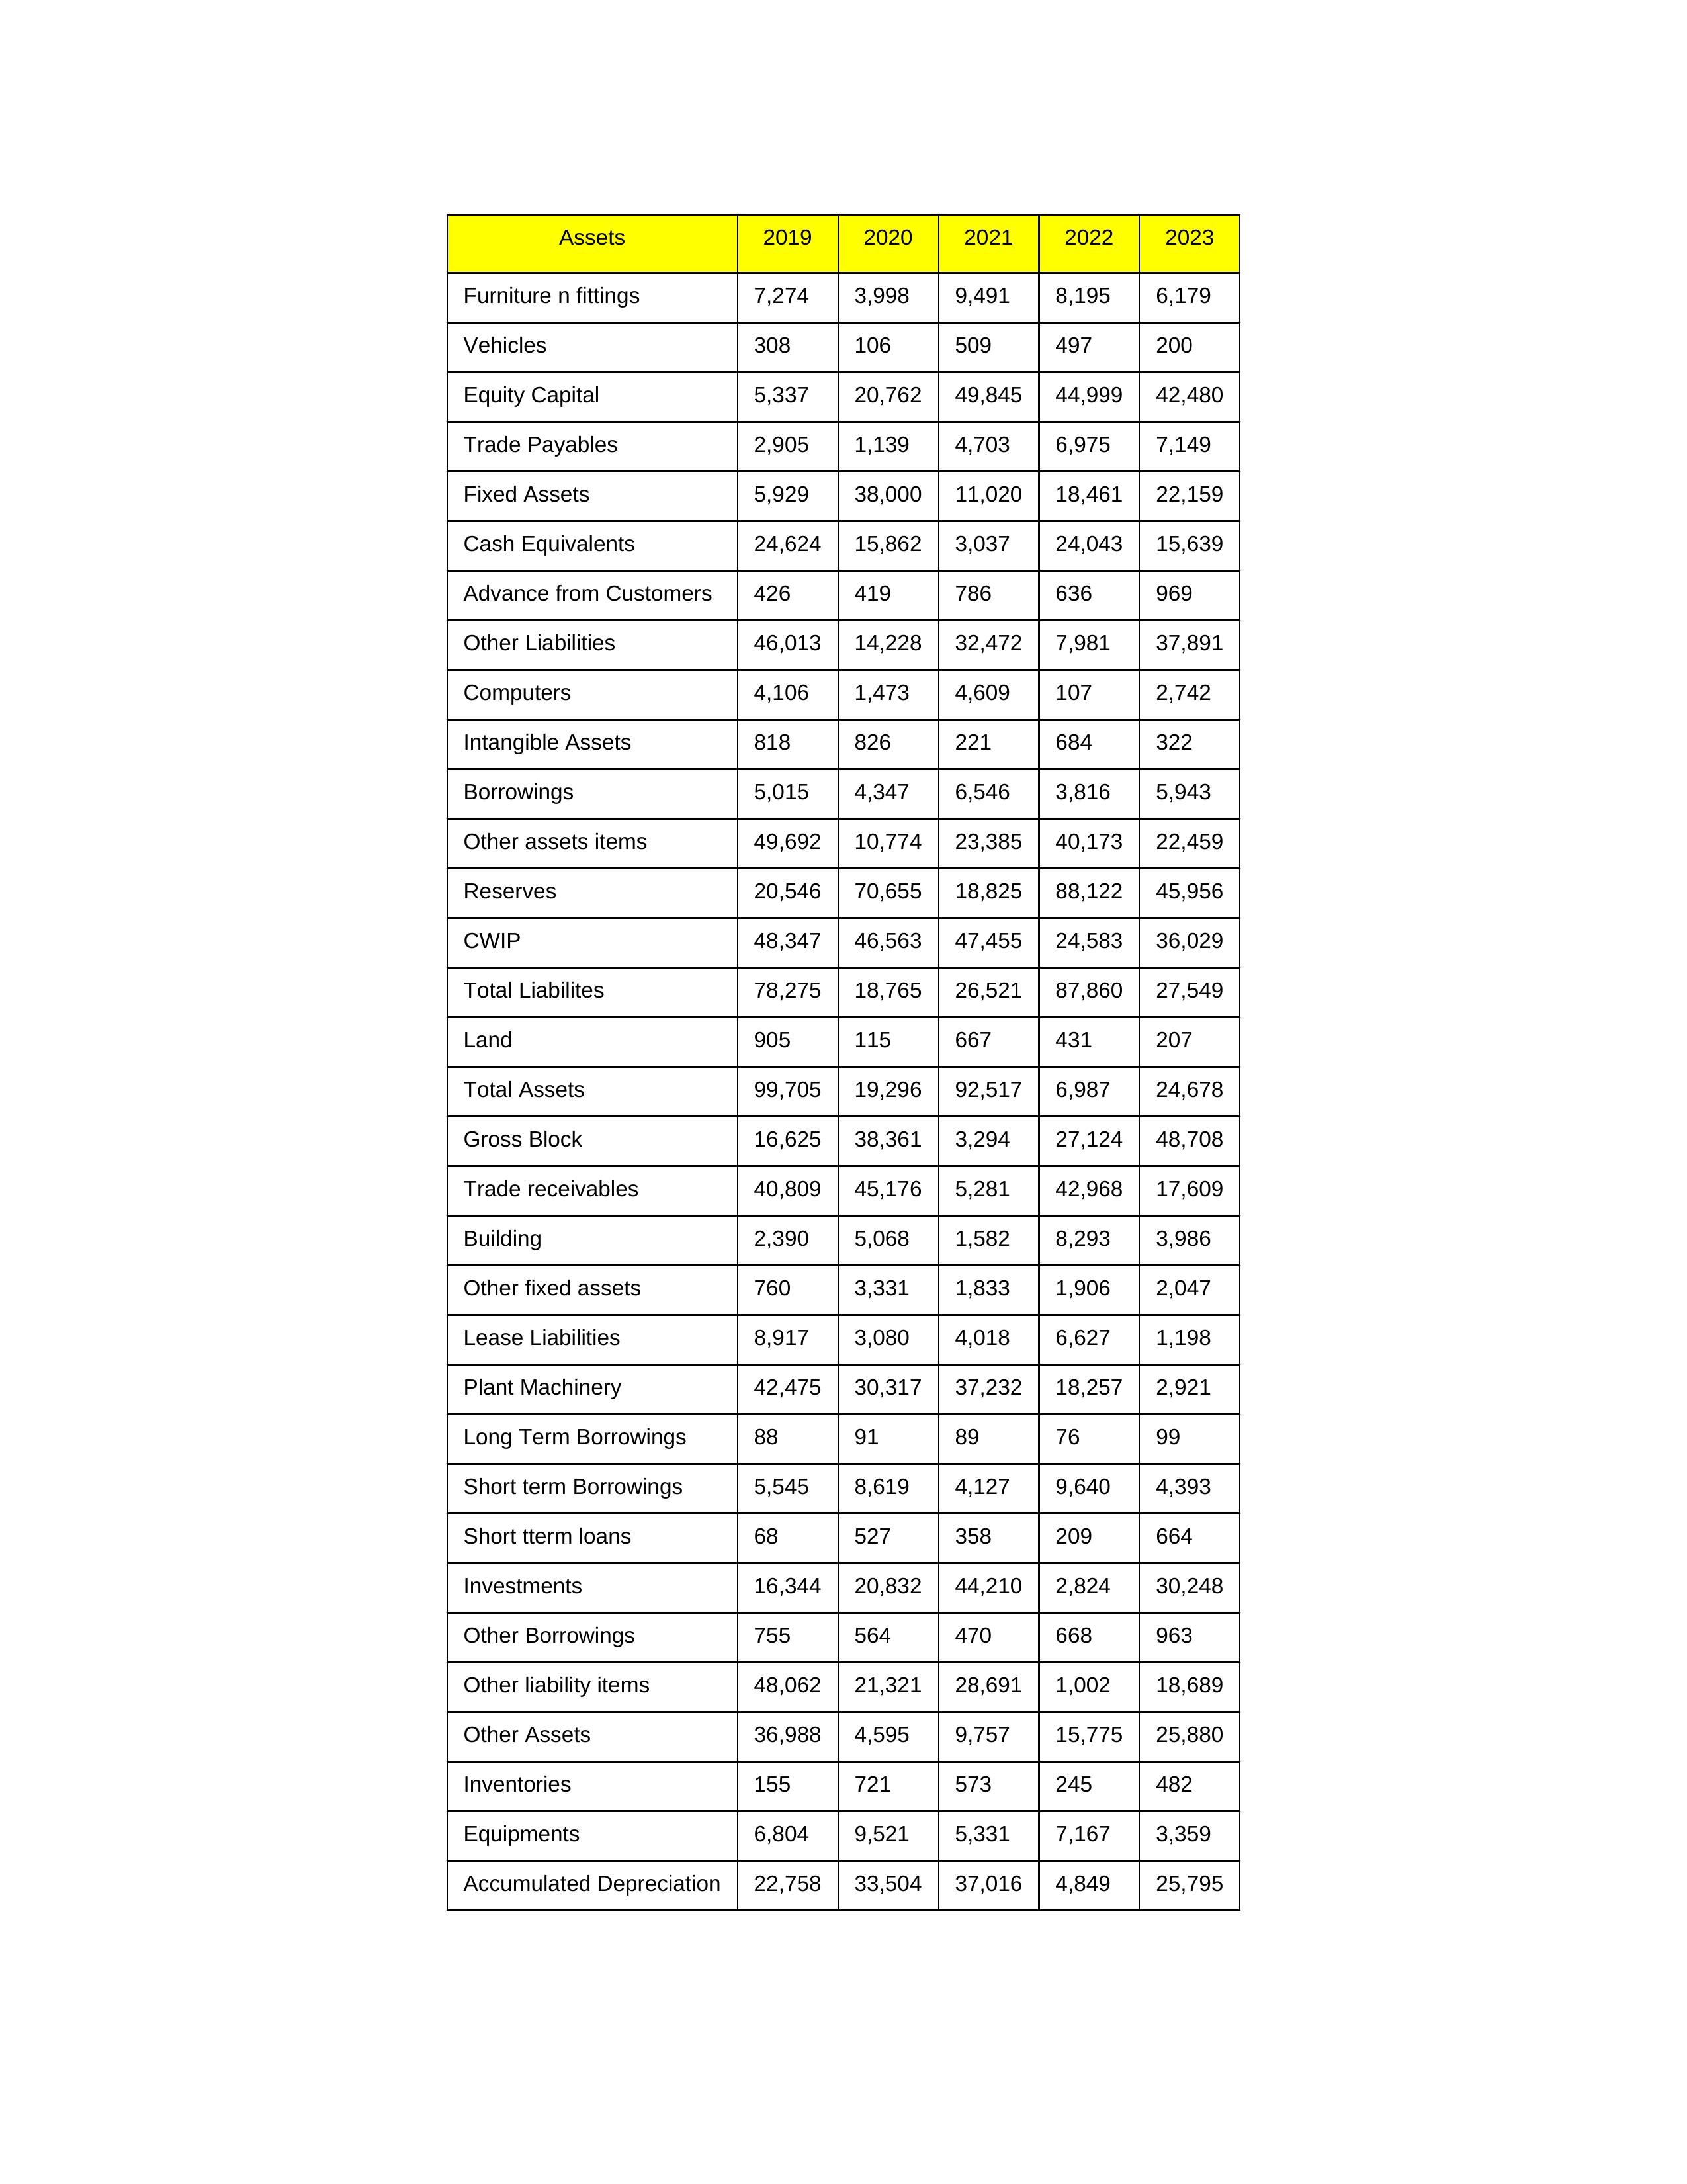
gt_parse: 2019: Equity Capital: 5,337
Reserves: 20,546
Borrowings: 5,015
Long Term Borrowings: 88
Short term Borrowings: 5,545
Lease Liabilities: 8,917
Other Borrowings: 755
Other Liabilities: 46,013
Trade Payables: 2,905
Advance from Customers: 426
Other liability items: 48,062
Total Liabilites: 78,275
Fixed Assets: 5,929
Land: 905
Building: 2,390
Plant Machinery: 42,475
Equipments: 6,804
Computers: 4,106
Furniture n fittings: 7,274
Vehicles: 308
Intangible Assets: 818
Other fixed assets: 760
Gross Block: 16,625
Accumulated Depreciation: 22,758
CWIP: 48,347
Investments: 16,344
Other Assets: 36,988
Inventories: 155
Trade receivables: 40,809
Cash Equivalents: 24,624
Short tterm loans: 68
Other assets items: 49,692
Total Assets: 99,705
2020: Equity Capital: 20,762
Reserves: 70,655
Borrowings: 4,347
Long Term Borrowings: 91
Short term Borrowings: 8,619
Lease Liabilities: 3,080
Other Borrowings: 564
Other Liabilities: 14,228
Trade Payables: 1,139
Advance from Customers: 419
Other liability items: 21,321
Total Liabilites: 18,765
Fixed Assets: 38,000
Land: 115
Building: 5,068
Plant Machinery: 30,317
Equipments: 9,521
Computers: 1,473
Furniture n fittings: 3,998
Vehicles: 106
Intangible Assets: 826
Other fixed assets: 3,331
Gross Block: 38,361
Accumulated Depreciation: 33,504
CWIP: 46,563
Investments: 20,832
Other Assets: 4,595
Inventories: 721
Trade receivables: 45,176
Cash Equivalents: 15,862
Short tterm loans: 527
Other assets items: 10,774
Total Assets: 19,296
2021: Equity Capital: 49,845
Reserves: 18,825
Borrowings: 6,546
Long Term Borrowings: 89
Short term Borrowings: 4,127
Lease Liabilities: 4,018
Other Borrowings: 470
Other Liabilities: 32,472
Trade Payables: 4,703
Advance from Customers: 786
Other liability items: 28,691
Total Liabilites: 26,521
Fixed Assets: 11,020
Land: 667
Building: 1,582
Plant Machinery: 37,232
Equipments: 5,331
Computers: 4,609
Furniture n fittings: 9,491
Vehicles: 509
Intangible Assets: 221
Other fixed assets: 1,833
Gross Block: 3,294
Accumulated Depreciation: 37,016
CWIP: 47,455
Investments: 44,210
Other Assets: 9,757
Inventories: 573
Trade receivables: 5,281
Cash Equivalents: 3,037
Short tterm loans: 358
Other assets items: 23,385
Total Assets: 92,517
2022: Equity Capital: 44,999
Reserves: 88,122
Borrowings: 3,816
Long Term Borrowings: 76
Short term Borrowings: 9,640
Lease Liabilities: 6,627
Other Borrowings: 668
Other Liabilities: 7,981
Trade Payables: 6,975
Advance from Customers: 636
Other liability items: 1,002
Total Liabilites: 87,860
Fixed Assets: 18,461
Land: 431
Building: 8,293
Plant Machinery: 18,257
Equipments: 7,167
Computers: 107
Furniture n fittings: 8,195
Vehicles: 497
Intangible Assets: 684
Other fixed assets: 1,906
Gross Block: 27,124
Accumulated Depreciation: 4,849
CWIP: 24,583
Investments: 2,824
Other Assets: 15,775
Inventories: 245
Trade receivables: 42,968
Cash Equivalents: 24,043
Short tterm loans: 209
Other assets items: 40,173
Total Assets: 6,987
2023: Equity Capital: 42,480
Reserves: 45,956
Borrowings: 5,943
Long Term Borrowings: 99
Short term Borrowings: 4,393
Lease Liabilities: 1,198
Other Borrowings: 963
Other Liabilities: 37,891
Trade Payables: 7,149
Advance from Customers: 969
Other liability items: 18,689
Total Liabilites: 27,549
Fixed Assets: 22,159
Land: 207
Building: 3,986
Plant Machinery: 2,921
Equipments: 3,359
Computers: 2,742
Furniture n fittings: 6,179
Vehicles: 200
Intangible Assets: 322
Other fixed assets: 2,047
Gross Block: 48,708
Accumulated Depreciation: 25,795
CWIP: 36,029
Investments: 30,248
Other Assets: 25,880
Inventories: 482
Trade receivables: 17,609
Cash Equivalents: 15,639
Short tterm loans: 664
Other assets items: 22,459
Total Assets: 24,678